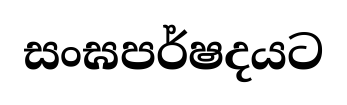
සංඝපර්ෂදයට